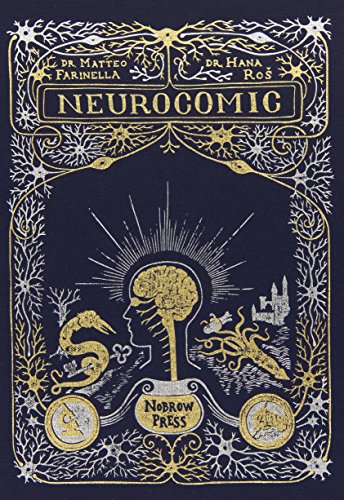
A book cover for Neurocomic; Hana Ros; Comics & Graphic Novels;